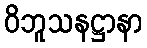
ဝိဘူသနဋ္ဌာနာ